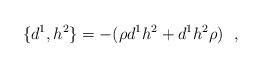
LaTeX: \begin{align*}\{ d^{1},h^{2}\} =-(\rho d^{1}h^{2}+d^{1}h^{2}\rho) \ \ ,\end{align*}